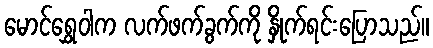
မောင်ရွှေဝါက လက်ဖက်ခွက်ကို နှိုက်ရင်းပြောသည်။